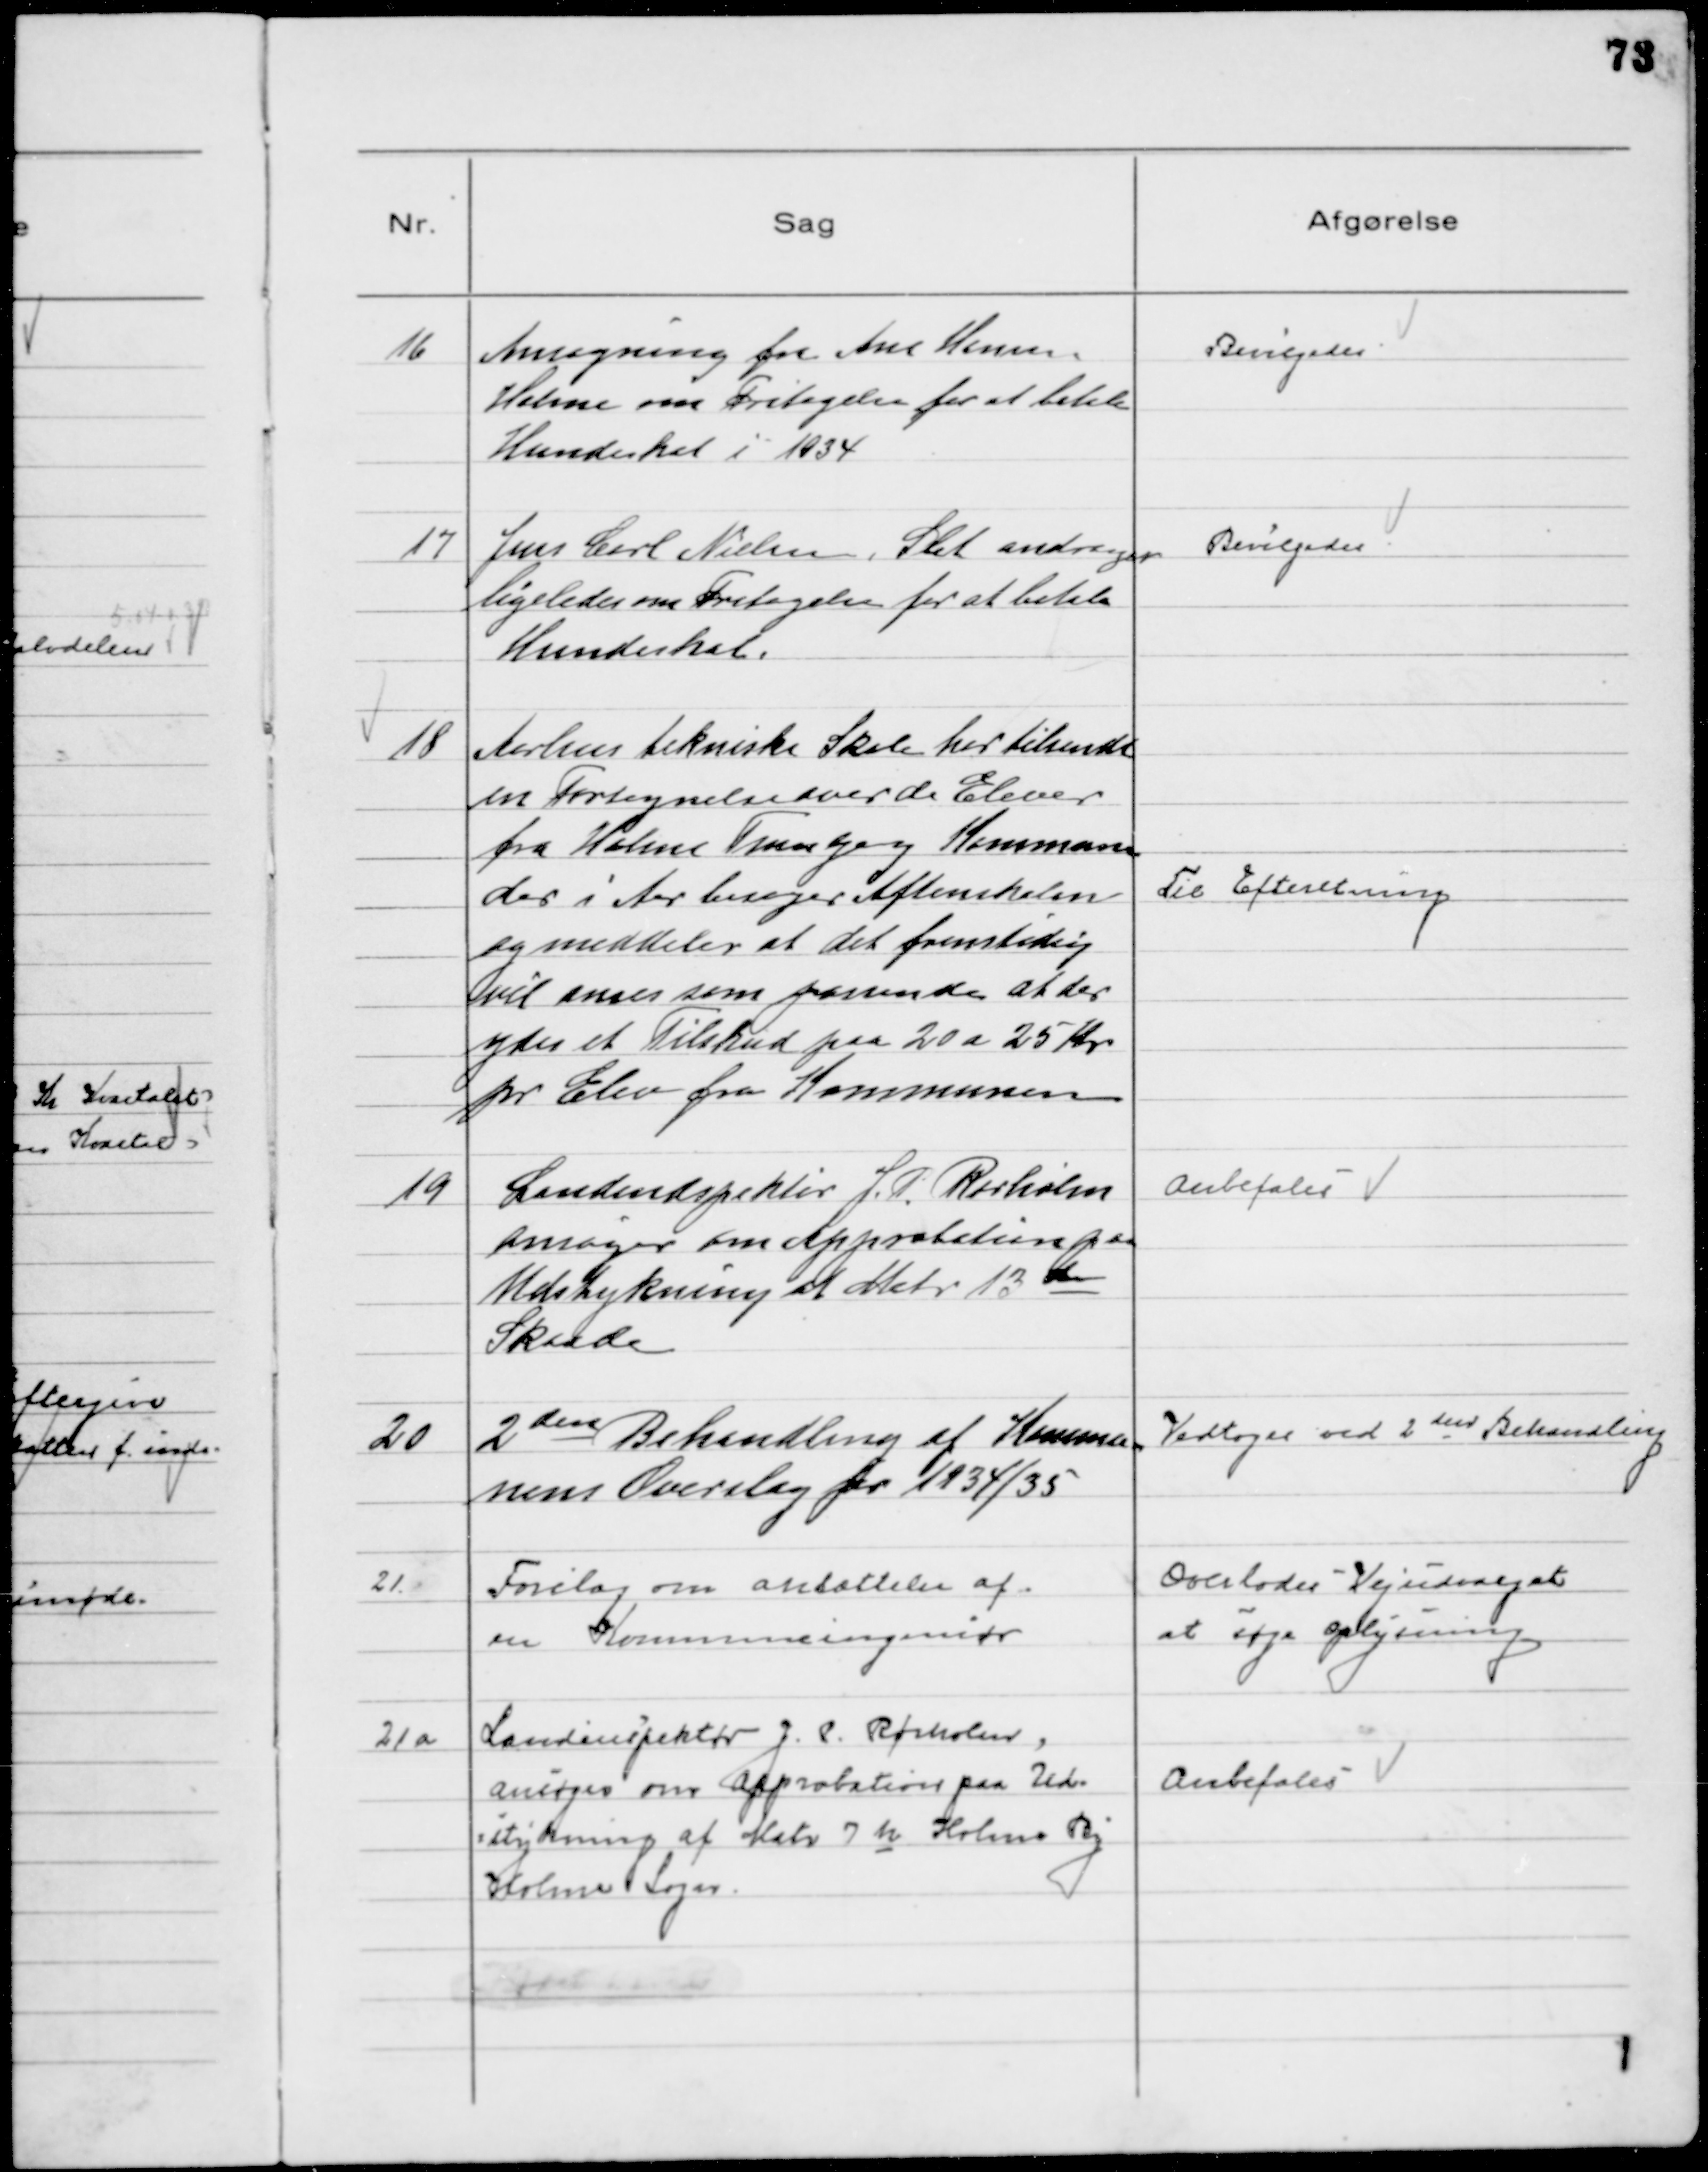
Transskription:
16
Ansøgning fra Ane Hansen
Holme om Fritagelse for at betale
Hundeskat i 1934

Bevilgedes

17
Jens Carl Nielsen, Slet andrager
ligeledes om Fritagelse for at betale
Hundeskat.

Bevilgedes

18
Aarhus tekniske Skole har tilsendt
en Fortegnelse over de Elever
fra Holme Tranbjerg Kommune
der i Aar besøger Aftenskolen
og meddeler at det fremtidig
vil anses som passende at der
ydes et Tilskud paa 20 a 25 Kr
pr Elev fra Kommunen

Til Efteretning

19
Landinspektør J. P. Rørholm
ansøger om Approbation paa
Udstykning af Matr 13 de
Skaade

Anbefales

20
2den Behandling af Kommu-
nens Overslag for 1934/35

Vedtoges ved 2 den Behandling

21.
Forslag om ansættelse af
en Kommuneingeniør

Overlodes Vejudvalget
at søge oplysning

21 a
Landinspektør J. P. Rørholm
ansøger om Approbation paa Ud-
stykning af Matr 7 h Holme By
Holme Sogn.

Anbefales